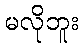
မလိုဘူး